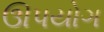
ઊપયોગ